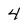
Character: 4